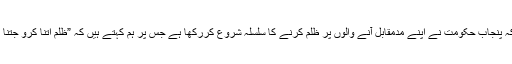
مقررین نے کہا کہ پنجاب حکومت نے اپنے مدمقابل آنے والوں پر ظلم کرنے کا سلسلہ شروع کررکھا ہے جس پر ہم کہتے ہیں کہ ”ظلم اتنا کرو جتنا برداشت کرسکو“۔